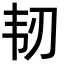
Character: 韧